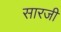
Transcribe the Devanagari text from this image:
सारजी